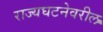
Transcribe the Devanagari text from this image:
राज्यघटनेवरील